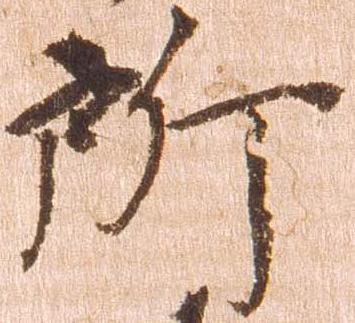
所